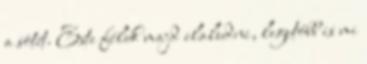
a sötét. Este félek majd elaludni, legutóbb is mi